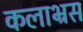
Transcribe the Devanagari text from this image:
कलाभ्रस